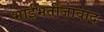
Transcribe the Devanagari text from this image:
भाईभतीजावाद